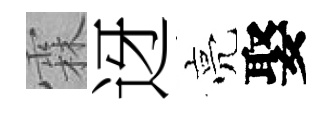
霖迓亮娶